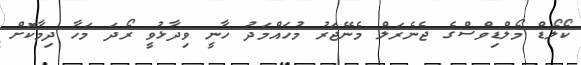
ކޯލޯޑް މޯލްޑިވްސްގެ ޖެނެރަލް މެނޭޖަރު މުހައްމަދު ހާނީ ވިދާޅުވީ ރޯދަ މަހާ ދިމާކޮށް